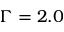
\Gamma = 2 . 0